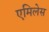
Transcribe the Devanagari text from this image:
एमिलेस